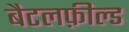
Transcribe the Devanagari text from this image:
बैटलफ़ील्ड